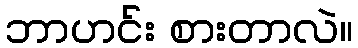
ဘာဟင်း စားတာလဲ။